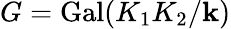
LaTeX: G=\operatorname{Gal}(K_{1}K_{2}/\mathbf{k})